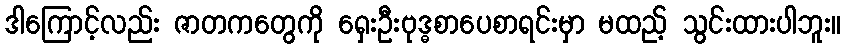
ဒါကြောင့်လည်း ဇာတကတွေကို ရှေးဦးဗုဒ္ဓစာပေစာရင်းမှာ မထည့် သွင်းထားပါဘူး။